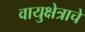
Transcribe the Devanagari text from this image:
वायुक्षेत्राचे